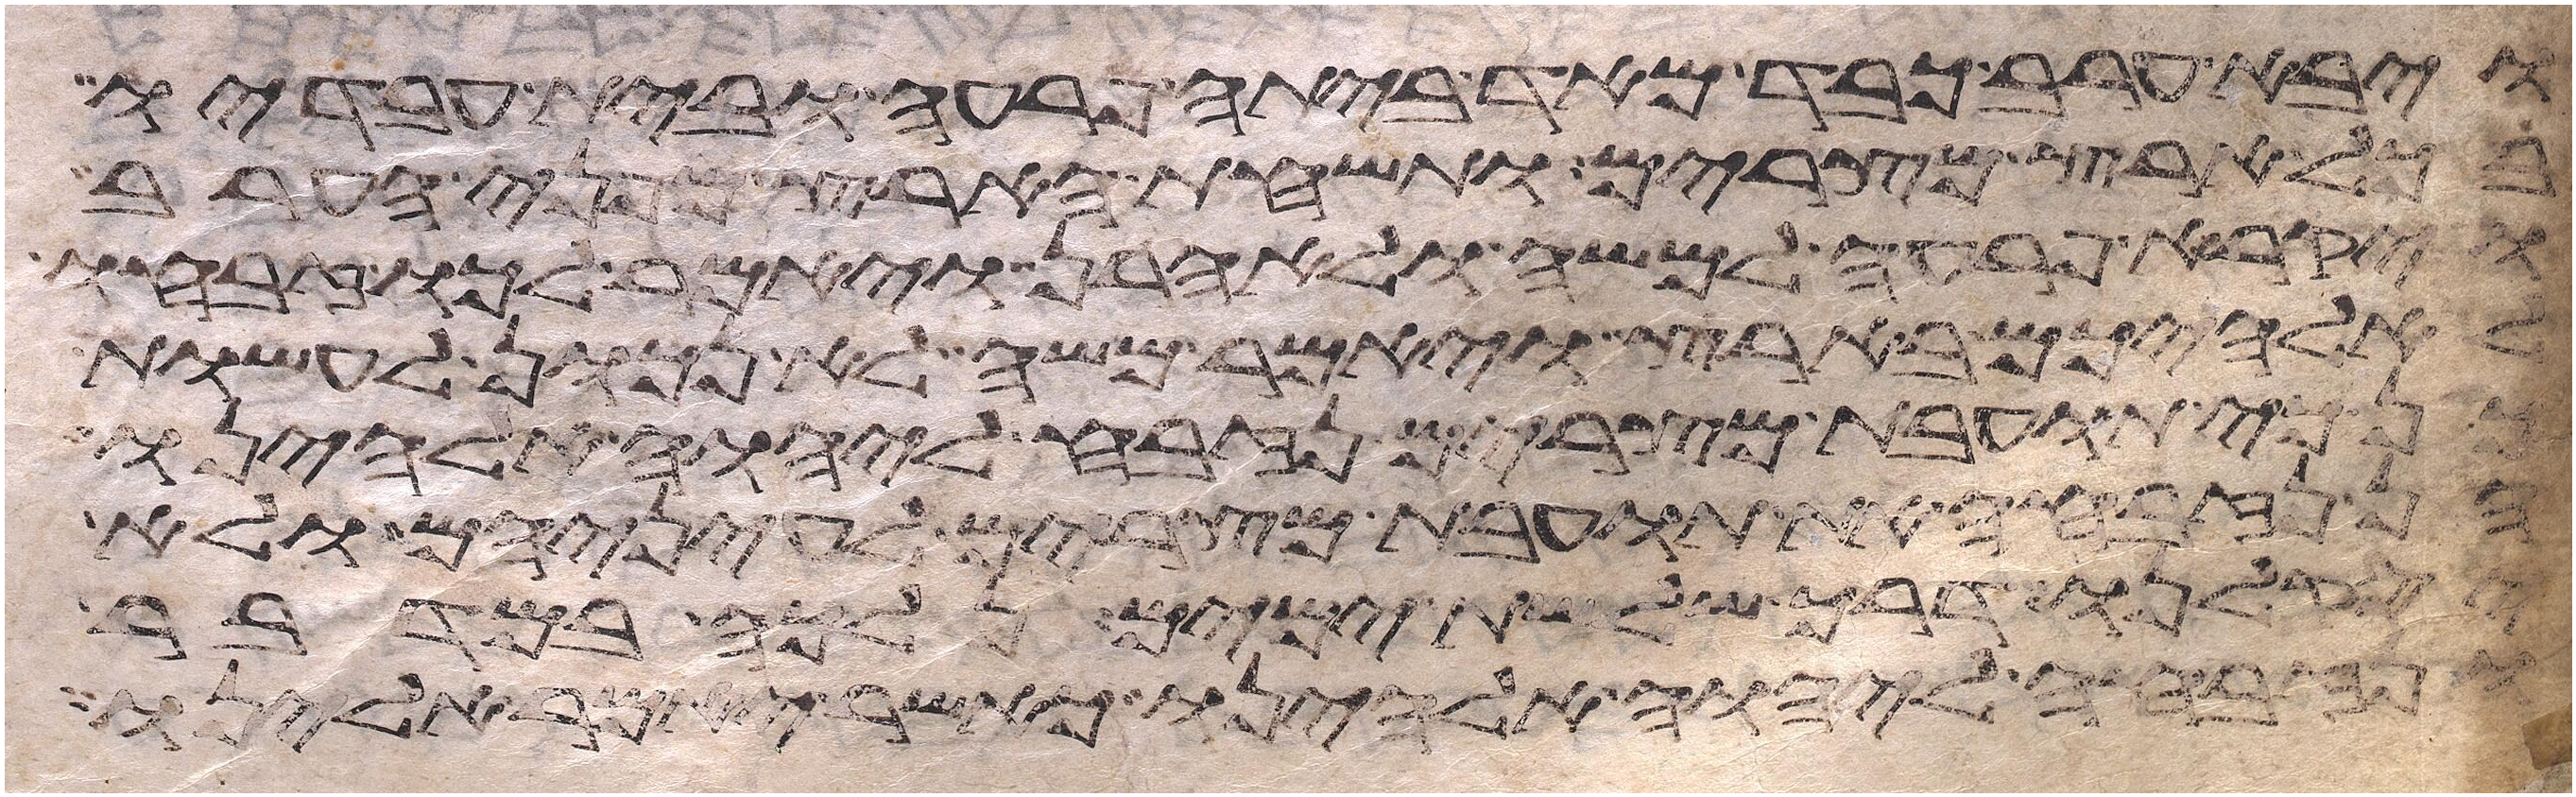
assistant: ויבא ערב כבד מאד ביתה פרעה ובית עבדיו
בכל ארץ מצרים ותשחת הארץ מפני הערב
ויקרא פרעה למשה ולאהרן ויאמר לכו זבחו
לאלהיכם בארץ ויאמר משה לא נכון לעשות
כי תועבת מצרים נזבח ליהוה אלהינו
הן נזבח את תועבת מצרים לעיניהם ולא
יסקלנו דרך שלשת ימים נלכה במדבר
ונזבחה ליהוה אלהינו כאשר יאמר אלינו